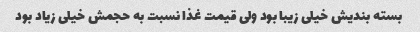
بسته بندیش خیلی زیبا بود ولی قیمت غذا نسبت به حجمش خیلی زیاد بود